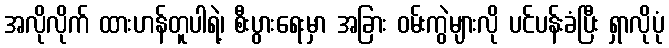
အလိုလိုက် ထားဟန်တူပါရဲ့၊ စီးပွားရေးမှာ အခြား ဝမ်းကွဲများလို ပင်ပန်းခံပြီး ရှာလိုပုံ